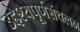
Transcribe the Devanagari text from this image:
उद्देश्यपूर्णसंचलन